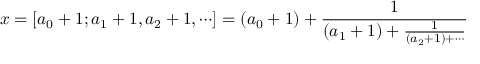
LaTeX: x = [ a _ { 0 } + 1 ; a _ { 1 } + 1 , a _ { 2 } + 1 , \cdots ] = ( a _ { 0 } + 1 ) + { \frac { 1 } { ( a _ { 1 } + 1 ) + { \frac { 1 } { ( a _ { 2 } + 1 ) + \cdots } } } }